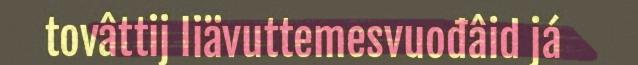
tovâttij liävuttemesvuođâid já